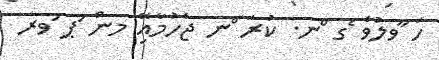
ހަ ާވލުވެ ެގ ްނ. ކުރަ ްނ ޖެހުމާއިޭ މން ަޕ ަވރ